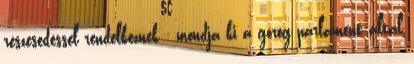
részesedéssel rendelkeznek - mondja ki a görög parlament által